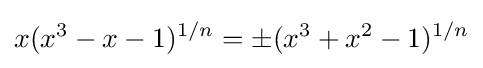
x(x^{3}-x-1)^{1/n}=\pm (x^{3}+x^{2}-1)^{1/n}